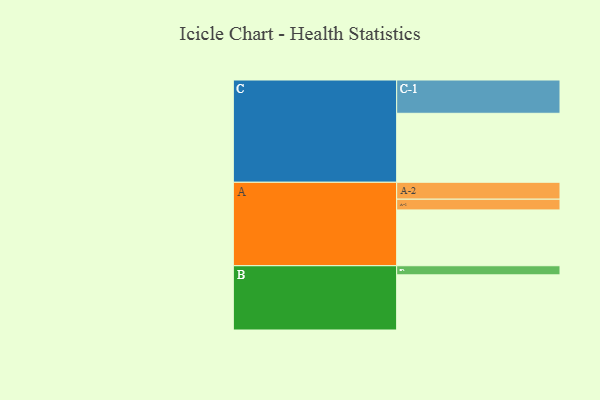
{"axis": {"x": "Segment", "y": "Value"}, "legend": ["", "A", "B", "C"], "data": [{"x": "A", "y": 436, "type": ""}, {"x": "B", "y": 431, "type": ""}, {"x": "C", "y": 539, "type": ""}, {"x": "A-1", "y": 84, "type": "A"}, {"x": "A-2", "y": 132, "type": "A"}, {"x": "B-1", "y": 71, "type": "B"}, {"x": "C-1", "y": 260, "type": "C"}]}